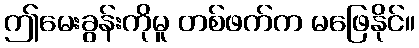
ဤမေးခွန်းကိုမူ တစ်ဖက်က မဖြေနိုင်။